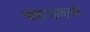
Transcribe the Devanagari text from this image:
पाइलड्राइवर्स